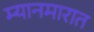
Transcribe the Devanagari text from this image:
म्यानमारात